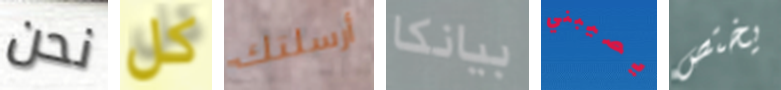
نحن كل أرسلتك بيانكا يصيبني يختص